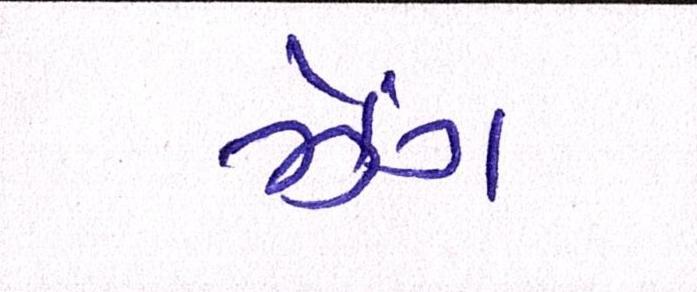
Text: ઝેંગ